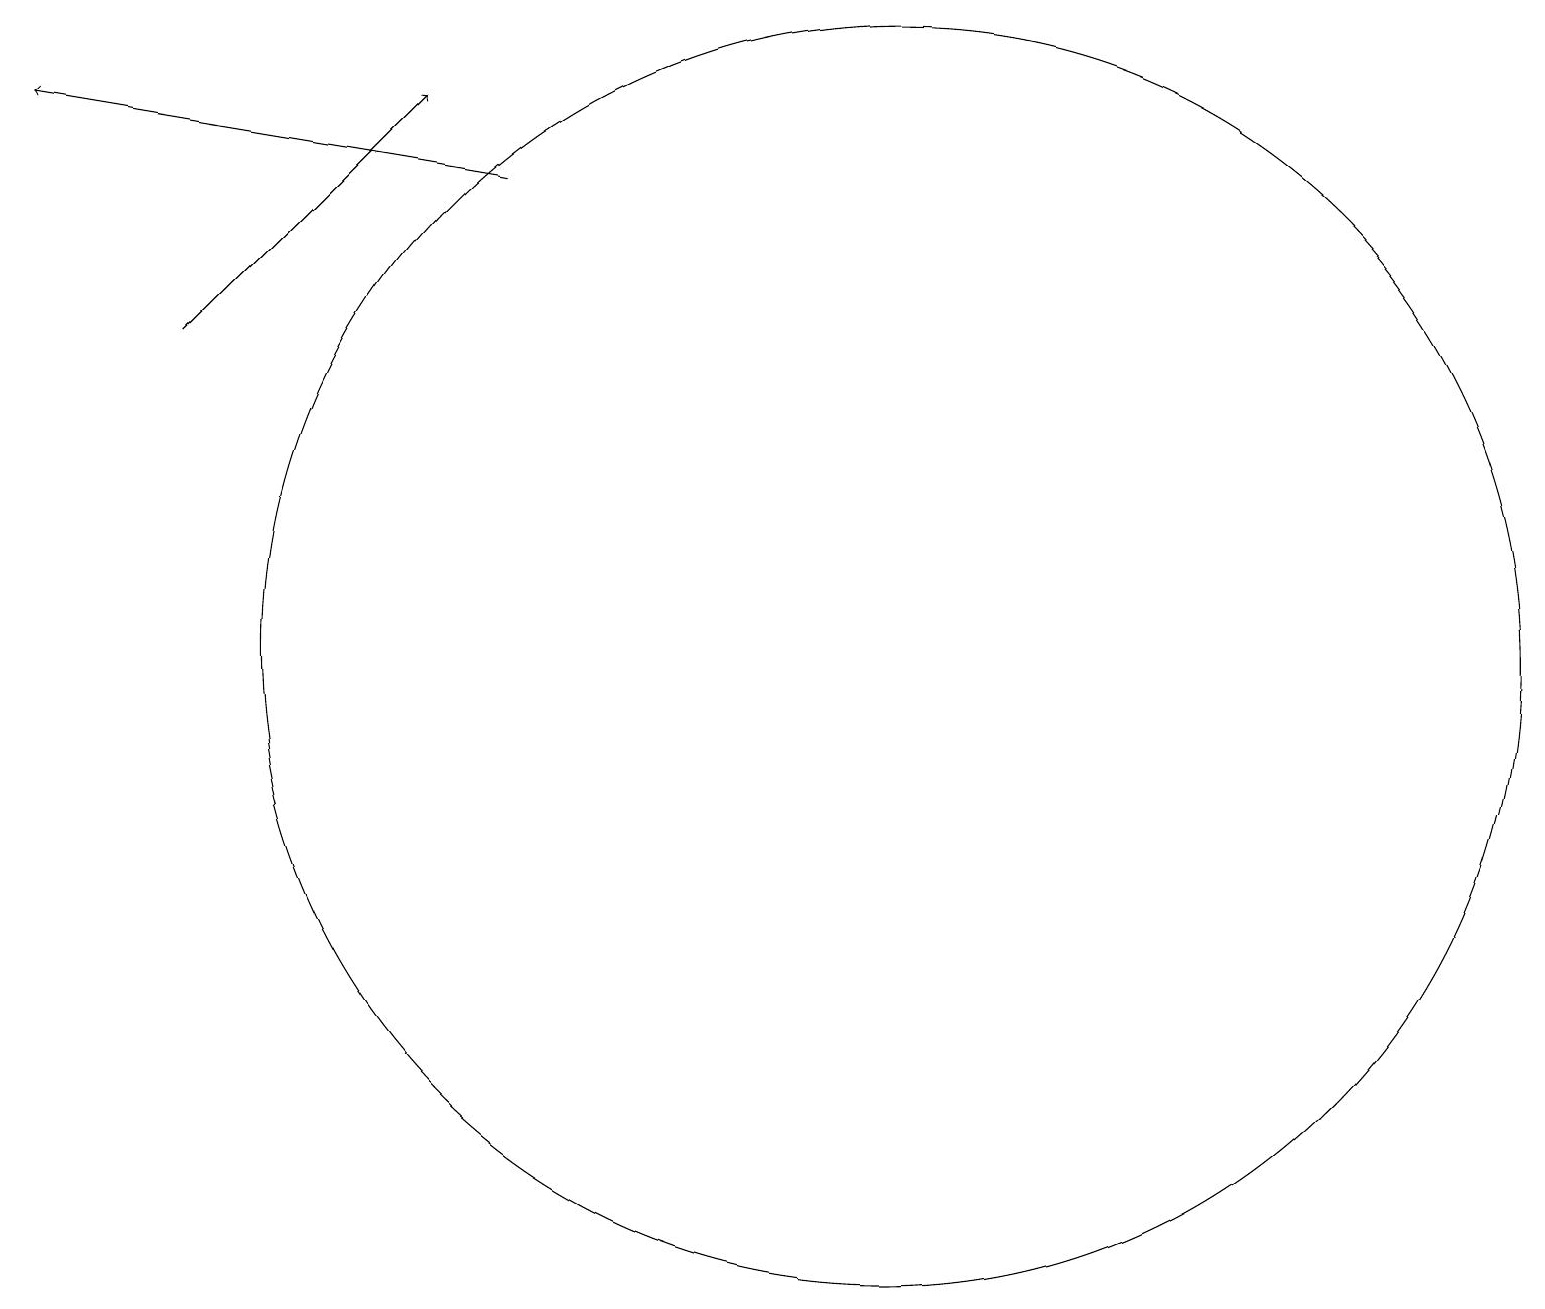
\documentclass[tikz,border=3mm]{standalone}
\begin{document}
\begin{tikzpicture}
\draw[->] (3,16) -- (6,19);
\draw (12,12) circle (8);
\draw[->] (7,18) -- (1,19);
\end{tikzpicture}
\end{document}